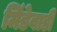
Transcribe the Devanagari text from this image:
मिंडेवाडी